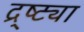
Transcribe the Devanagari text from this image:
द्र्ष्ट्या